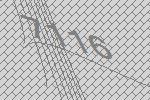
7116